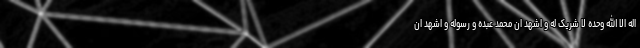
اله الا الله وحده لا شریک له و اشهد ان محمد عبده و رسوله و اشهد ان